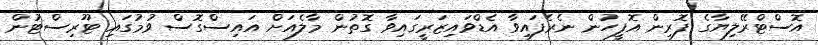
އޮސްޓްރޭލިޔާގެ ފޮރިން އޮފީހުން ނެރެފައިވާ އެޑްވައިޒަރީގައިވާ ގޮތުން މާލެއަށް އައިސްގޮސް ވުމުގައި ޓޫރިސްޓުން